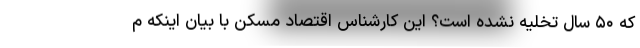
که ۵۰ سال تخلیه نشده است؟ این کارشناس اقتصاد مسکن با بیان اینکه م